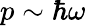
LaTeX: p\sim\hbar\omega